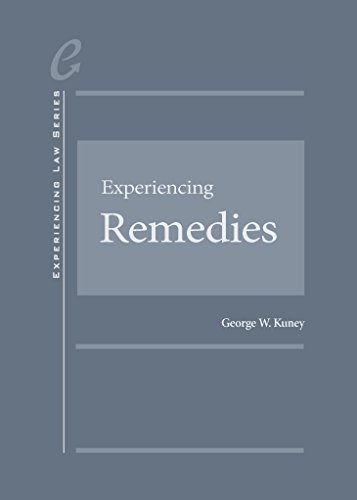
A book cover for Experiencing Remedies (Experiencing Series); George Kuney; Law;